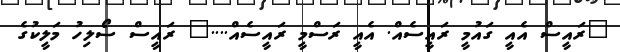
"ރައީސް އެއީ ގައުމީ ރައީސެއް. އެއީ ރަސްމީ ރައީސެއް...." ރައީސް ސޯލިހު މަލީކުގެ